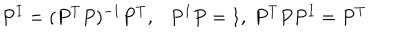
P ^ { I } = ( P ^ { T } P ) ^ { - 1 } P ^ { T } , P ^ { I } P = 1 , ~ P ^ { T } P P ^ { I } = P ^ { T }